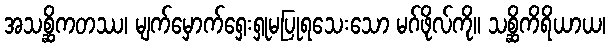
အသစ္ဆိကတဿ၊ မျက်မှောက်ရှေးရှုမပြုရသေးသော မဂ်ဖိုလ်ကို။ သစ္ဆိကိရိယာယ၊